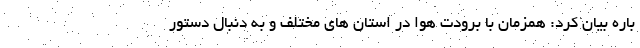
باره بیان کرد: همزمان با برودت هوا در استان های مختلف و به دنبال دستور